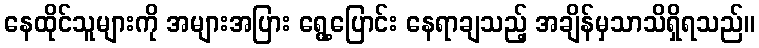
နေထိုင်သူများကို အများအပြား ရွေ့ပြောင်း နေရာချသည့် အချိန်မှသာသိရှိရသည်။